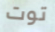
توت